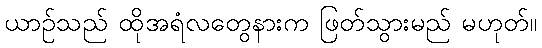
ယာဉ်သည် ထိုအရံလတွေနားက ဖြတ်သွားမည် မဟုတ်။